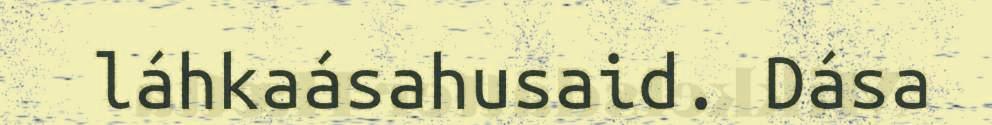
láhkaásahusaid. Dása